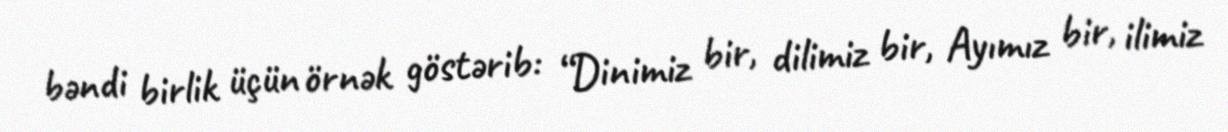
bəndi birlik üçün örnək göstərib: “Dinimiz bir, dilimiz bir, Ayımız bir, ilimiz